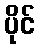
ပိုင်